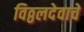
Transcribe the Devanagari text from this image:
विठ्ठलदेवाचे